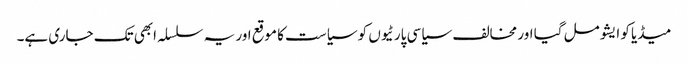
میڈیا کو ایشو مل گیا اور مخالف سیاسی پارٹیوں کو سیاست کا موقع اور یہ سلسلہ ابھی تک جاری ہے۔